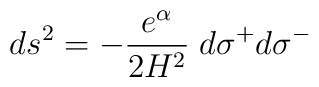
ds^2=-\frac{e^\alpha}{2H^2}\;d\sigma^+d\sigma^-